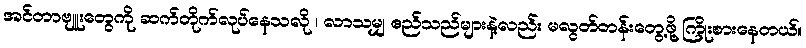
အင်တာဗျူးတွေကို ဆက်တိုက်လုပ်နေသလို ၊ လာသမျှ ဧည်သည်များနဲ့လည်း မလွတ်တန်းတွေ့ဖို့ ကြိုးစားနေတယ်။